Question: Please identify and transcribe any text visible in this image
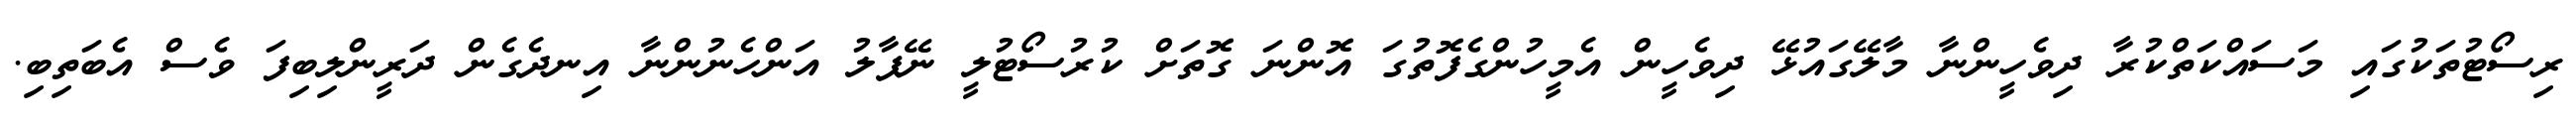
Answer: ރިސޯޓުތަކުގައި މަސައްކަތްކުރާ ދިވެހީންނާ މާލޭގައުޅޭ ދިވެހީން އެމީހުންގެފޮތުގަ އޮންނަ ގޮތަށް ކުރުސޯޓުލީ ނޭޕާލު އަންހެނުންނާ އިނދެގެން ދަރީންލިބިފަ ވެސް އެބަތިބި.